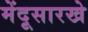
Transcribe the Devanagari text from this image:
मेंदूसारखे